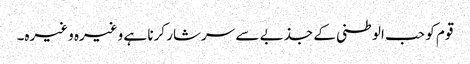
قوم کو حب الوطنی کے جذبے سے سرشار کرنا ہے وغیرہ وغیرہ۔